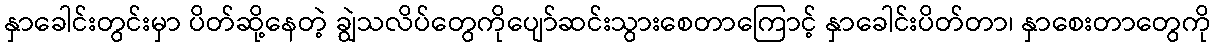
နှာခေါင်းတွင်းမှာ ပိတ်ဆို့နေတဲ့ ချွဲသလိပ်တွေကိုပျော်ဆင်းသွားစေတာကြောင့် နှာခေါင်းပိတ်တာ၊ နှာစေးတာတွေကို